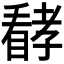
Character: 𱳈